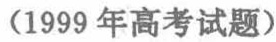
（1999 年高考试题）